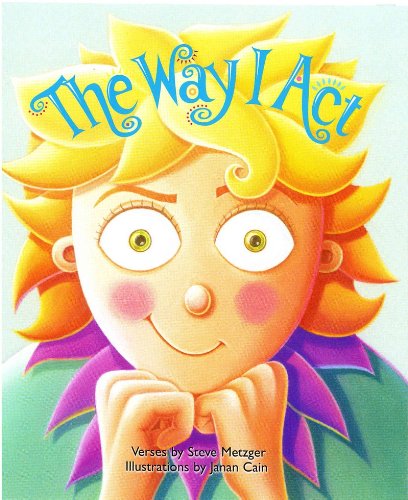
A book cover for The Way I Act; Steve Metzger; Politics & Social Sciences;